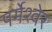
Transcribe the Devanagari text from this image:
पर्मेश्वेर